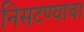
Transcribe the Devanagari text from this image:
निसटण्याचा